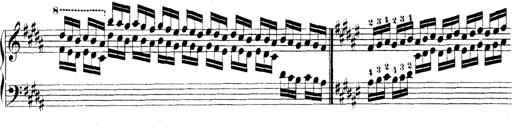
Title: Technische Studien
Composer: Franz Liszt